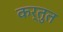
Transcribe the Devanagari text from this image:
कर्तुत